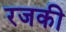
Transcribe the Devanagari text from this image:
रजकी